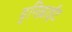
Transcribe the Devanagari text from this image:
युनिब्राईट